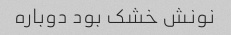
نونش خشک بود دوباره